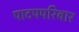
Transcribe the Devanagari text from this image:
पादपपरिवार